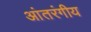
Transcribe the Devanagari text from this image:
आंतरंगीय